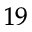
^ { 1 9 }